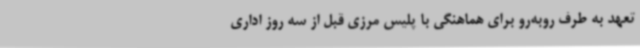
تعهد به طرف روبه‌رو برای هماهنگی با پلیس مرزی قبل از سه روز اداری